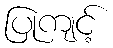
ပြုကျင့်